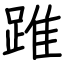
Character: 踓